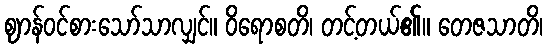
ဈာန်ဝင်စားသော်သာလျှင်။ ဝိရောစတိ၊ တင့်တယ်၏။ တေဇသာတိ၊